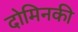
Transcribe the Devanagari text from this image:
दोमिनकी